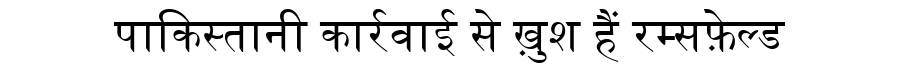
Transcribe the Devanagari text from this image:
पाकिस्तानी कार्रवाई से ख़ुश हैं रम्सफ़ेल्ड